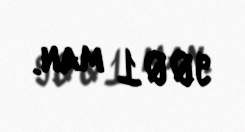
9001 man.